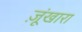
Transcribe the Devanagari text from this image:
ज़ूंखारा